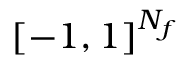
[ - 1 , 1 ] ^ { N _ { f } }